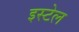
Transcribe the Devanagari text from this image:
इस्टेल